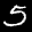
Label: 5